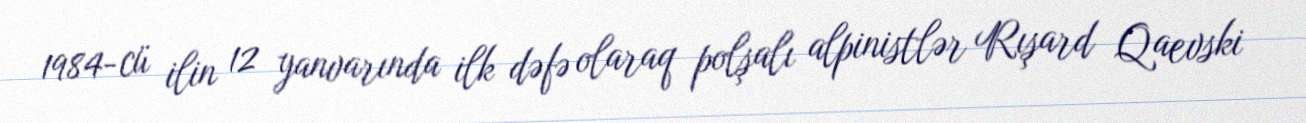
1984-cü ilin 12 yanvarında ilk dəfə olaraq polşalı alpinistlər Rışard Qaevski